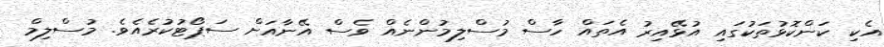
އެކި ކަންކޮޅުތަކުގައި އުޅޭއިރު އެތައް ހާސް މުސްލިމުންނެއް ވެސް އޭނާއަށް ސަޕޯޓުކުރެއެވެ. މުސްލިމް